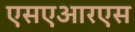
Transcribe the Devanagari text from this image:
एसएआरएस